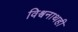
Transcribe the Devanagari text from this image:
विश्वनाथही